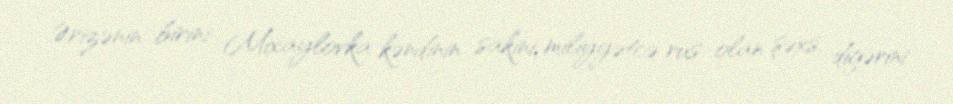
Ərizənin birini Mixaylovka kəndinin sakini, miliyyətcə rus olan şəxs, digərini